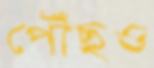
পৌঁছও